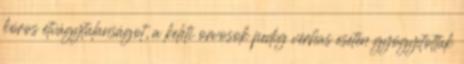
kóros étvágytalanságot, a keleti orvosok pedig vérhas esetén gyógyítottak